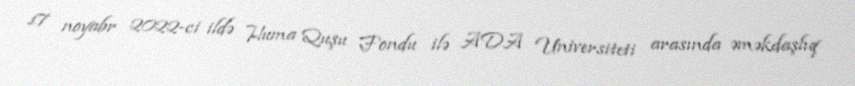
17 noyabr 2022-ci ildə Huma Quşu Fondu ilə ADA Universiteti arasında əməkdaşlıq